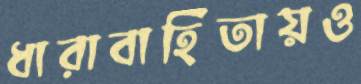
ধারাবাহিতায়ও